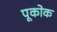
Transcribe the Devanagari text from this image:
पूकोक